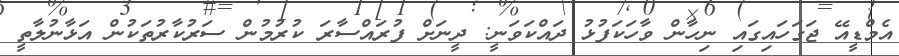
އެމްޑީއޭ ޖަގަހައިގައި ނިހާން ވާހަކަފުޅު ދައްކަވަނީ: ދީނަށް ފުރައްސާރަ ކުރުމުން ސަރުކާރުތަކުން އަޅާނުލާތީ